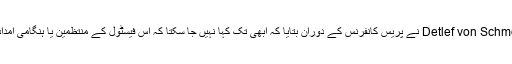
ڈوئسبرگ شہر کے محکمہء پولیس کے نائب سربراہ Detlef von Schmeling نے پریس کانفرنس کے دوران بتایا کہ ابھی تک کہا نہیں جا سکتا کہ اس فیسٹول کے منتظمین یا ہنگامی امدادی اداروں کو تحقیققات کے دائرے میں لایا جائے گا یا نہیں۔